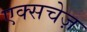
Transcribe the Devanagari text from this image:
एक्सचेज़